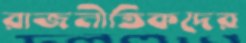
রাজনীতিকদের